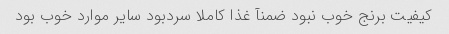
کیفیت برنج خوب نبود ضمنآ غذا کاملا سردبود سایر موارد خوب بود